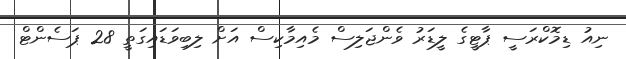
ނިއު ޑިމޮކްރަސީ ޕާޓީގެ ލީޑަރު ވެންޖަލިސް މެއިމާކިސް އަށް ލިބިވަޑައިގަތީ 28 ޕަސެންޓް